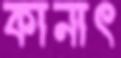
কানাৎ